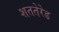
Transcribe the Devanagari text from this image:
शततेरेड